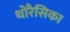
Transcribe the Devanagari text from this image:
थोरैसिका